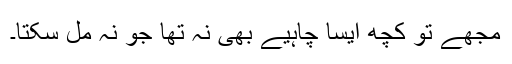
مجھے تو کچھ ایسا چاہیے بھی نہ تھا جو نہ مل سکتا۔